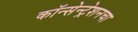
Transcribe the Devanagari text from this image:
कॉन्सेन्ट्रेशनचा